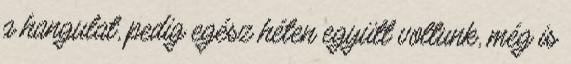
a hangulat, pedig egész héten együtt voltunk, még is